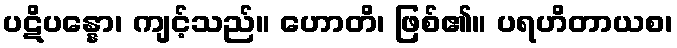
ပဋိပန္နော၊ ကျင့်သည်။ ဟောတိ၊ ဖြစ်၏။ ပရဟိတာယစ၊